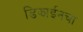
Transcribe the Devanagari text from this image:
डिझाईनचा